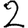
Digit: 2